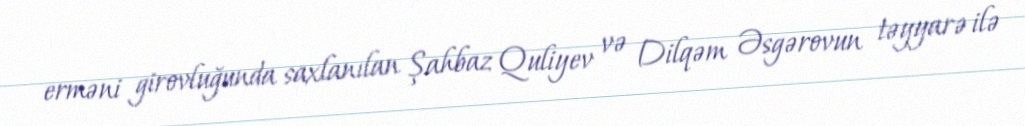
erməni girovluğunda saxlanılan Şahbaz Quliyev və Dilqəm Əsgərovun təyyarə ilə